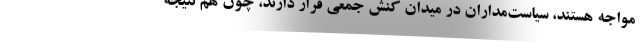
مواجه هستند، سیاست‌مداران در میدان کنش جمعی قرار دارند، چون هم نتیجه